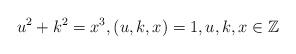
LaTeX: \begin{align*}u^2+k^2 = x^3,(u,k,x)=1,u,k,x\in \mathbb{Z}\end{align*}